Annual statistical returns and brief notes on vaccination in Bengal - 1909-1929
Year: 1909
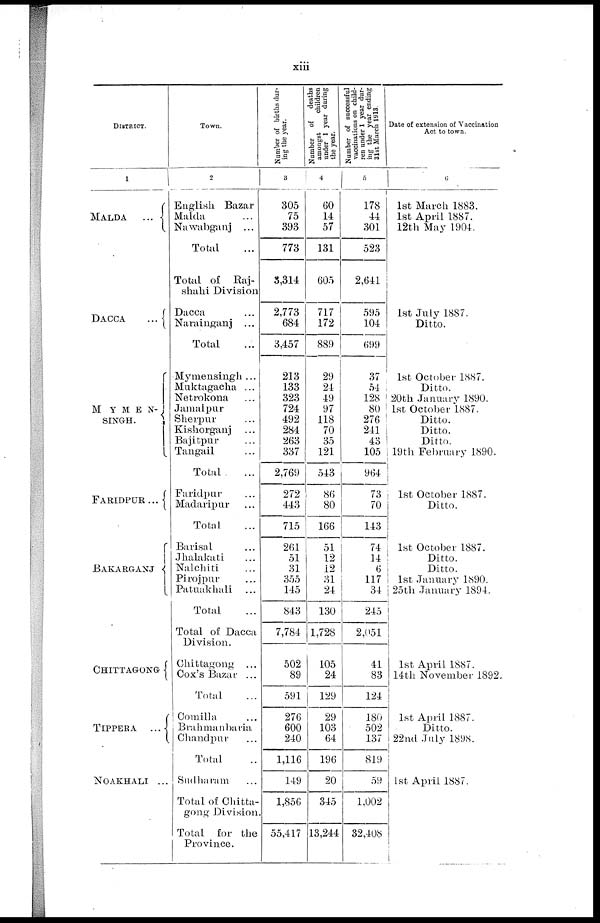
xiii
DISTRICT.
1
MALDA
...
DACCA
...
MYMEN¬
SINGH.
FARIDPUR ...
BAKARGANJ
CHITTAGONG
TIPPERA
...
NOAKHALI ...
Town.
2
English Bazar
Malda ...
Nawabganj ...
Total ...
Total of Raj-
shahi Division
Dacca ...
Narainganj ...
Total ...
Mymensingh ...
Muktagacha ...
Netrokona ...
Jamalpur ...
Sherpur ...
Kishorganj ...
Bajitpur ...
Tangail ...
Total ...
Faridpur ...
Madaripur ...
Total ...
Barisal ...
Jhalakati ...
Nalchiti ...
Pirojpur ...
Patuakhali ...
Total ...
Total of Dacca
Division.
Chittagong ...
Cox's Bazar ...
Total ...
Comilla ...
Brahmanbaria
Chandpur ...
Total ...
Sudharam ...
Total of Chitta-
gong Division.
Total for the
Province.
Number of births dur-
ing the year.
3
305
75
393
773
3,314
2,773
684
3,457
213
133
323
724
492
284
263
337
2,769
272
443
715
261
51
31
355
145
843
7,784
502
89
591
276
600
240
1,116
149
1,856
55,417
Number of
deaths
amongst
children
under 1 year during
the year.
4
60
14
57
131
605
717
172
889
29
24
49
97
118
70
35
121
543
86
80
166
51
12
12
31
24
130
1,728
105
24
129
29
103
64
196
20
345
13,244
Number of successful
vaccinations on child-
ren under 1 year dur-
ing the year ending
31st March 1913.
5
178
44
301
523
2,641
595
104
699
37
54
128
80
276
241
43
105
964
73
70
143
74
14
6
117
34
245
2,051
41
83
124
180
502
137
819
59
1,002
32,408
Date of extension of Vaccination
Act to town.
6
1st March 1883.
1st April 1887.
12th May 1904.
1st July 1887.
Ditto.
1st October 1887.
Ditto.
20th January 1890.
1st October 1887.
Ditto.
Ditto.
Ditto.
19th February 1890.
1st October 1887.
Ditto.
1st October 1887.
Ditto.
Ditto.
1st January 1890.
25th January 1894.
1st April 1887.
14th November 1892.
1st April 1887.
Ditto.
22nd July 1898.
1st April 1887.